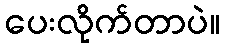
ပေးလိုက်တာပဲ။